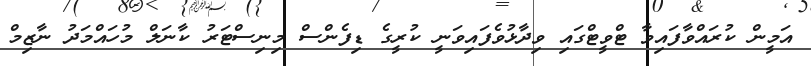
އަމީން ކުރައްވާފައިވާ ޓްވީޓްގައި ވިދާޅުވެފައިވަނީ ކުރީގެ ޑިފެންސް މިނިސްޓަރު ކާނަލް މުހައްމަދު ނާޒިމް